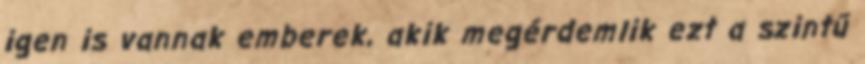
igen is vannak emberek, akik megérdemlik ezt a szintű